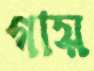
গায়